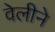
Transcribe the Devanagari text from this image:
वेलीने